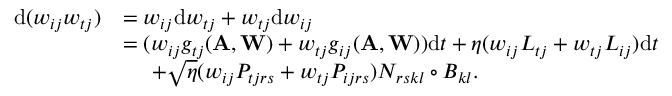
\begin{array} { r l } { \mathrm { d } ( w _ { i j } w _ { t j } ) } & { = w _ { i j } \mathrm { d } w _ { t j } + w _ { t j } \mathrm { d } w _ { i j } } \\ & { = ( w _ { i j } g _ { t j } ( \mathbf A , \mathbf W ) + w _ { t j } g _ { i j } ( \mathbf A , \mathbf W ) ) \mathrm { d } t + \eta ( w _ { i j } L _ { t j } + w _ { t j } L _ { i j } ) \mathrm { d } t } \\ & { \ \ \ \ + \sqrt { \eta } ( w _ { i j } P _ { t j r s } + w _ { t j } P _ { i j r s } ) N _ { r s k l } \circ B _ { k l } . } \end{array}